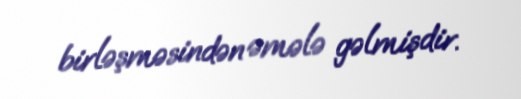
birləşməsindən əmələ gəlmişdir.